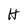
Character: H